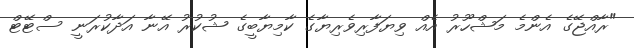
"ރާއްޖޭގެ އެންމެ މަޝްހޫރު އެއް ވިޔަފާރިވެރިޔާގެ ކާމިޔާބީގެ ޝުކުރު އޭނާ އަދާކުރަނީ ސްޓޭޓް